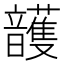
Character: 頀